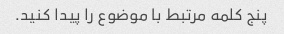
پنج کلمه مرتبط با موضوع را پیدا کنید.